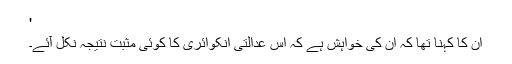
'
ان کا کہنا تھا کہ ان کی خواہش ہے کہ اس عدالتی انکوائری کا کوئی مثبت نتیجہ نکل آئے۔